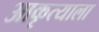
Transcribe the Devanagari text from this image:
आकृत्याला